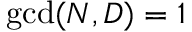
\operatorname* { g c d } ( N , D ) = 1